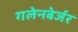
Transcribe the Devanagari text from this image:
गलेनबेर्जर